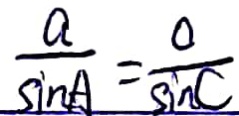
\frac { a } { \sin A } = \frac { 0 } { \sin C }